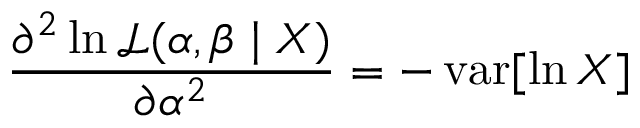
{ \frac { \partial ^ { 2 } \ln { \mathcal { L } } ( \alpha , \beta \mid X ) } { \partial \alpha ^ { 2 } } } = - \operatorname { v a r } [ \ln X ]